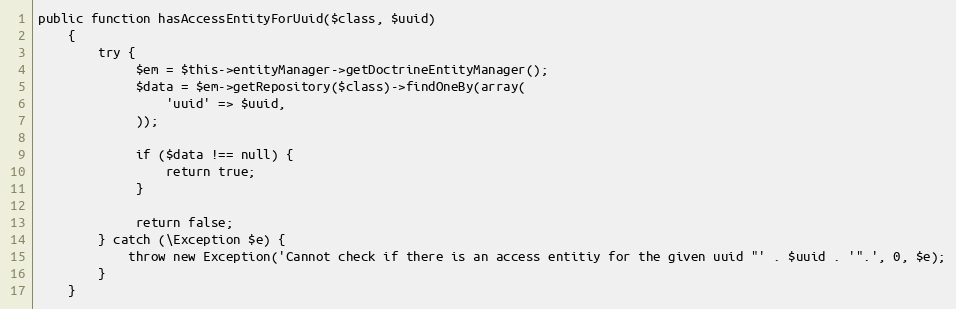
Language: PHP
public function hasAccessEntityForUuid($class, $uuid)
    {
        try {
             $em = $this->entityManager->getDoctrineEntityManager();
             $data = $em->getRepository($class)->findOneBy(array(
                 'uuid' => $uuid,
             ));

             if ($data !== null) {
                 return true;
             }

             return false;
        } catch (\Exception $e) {
            throw new Exception('Cannot check if there is an access entitiy for the given uuid "' . $uuid . '".', 0, $e);
        }
    }